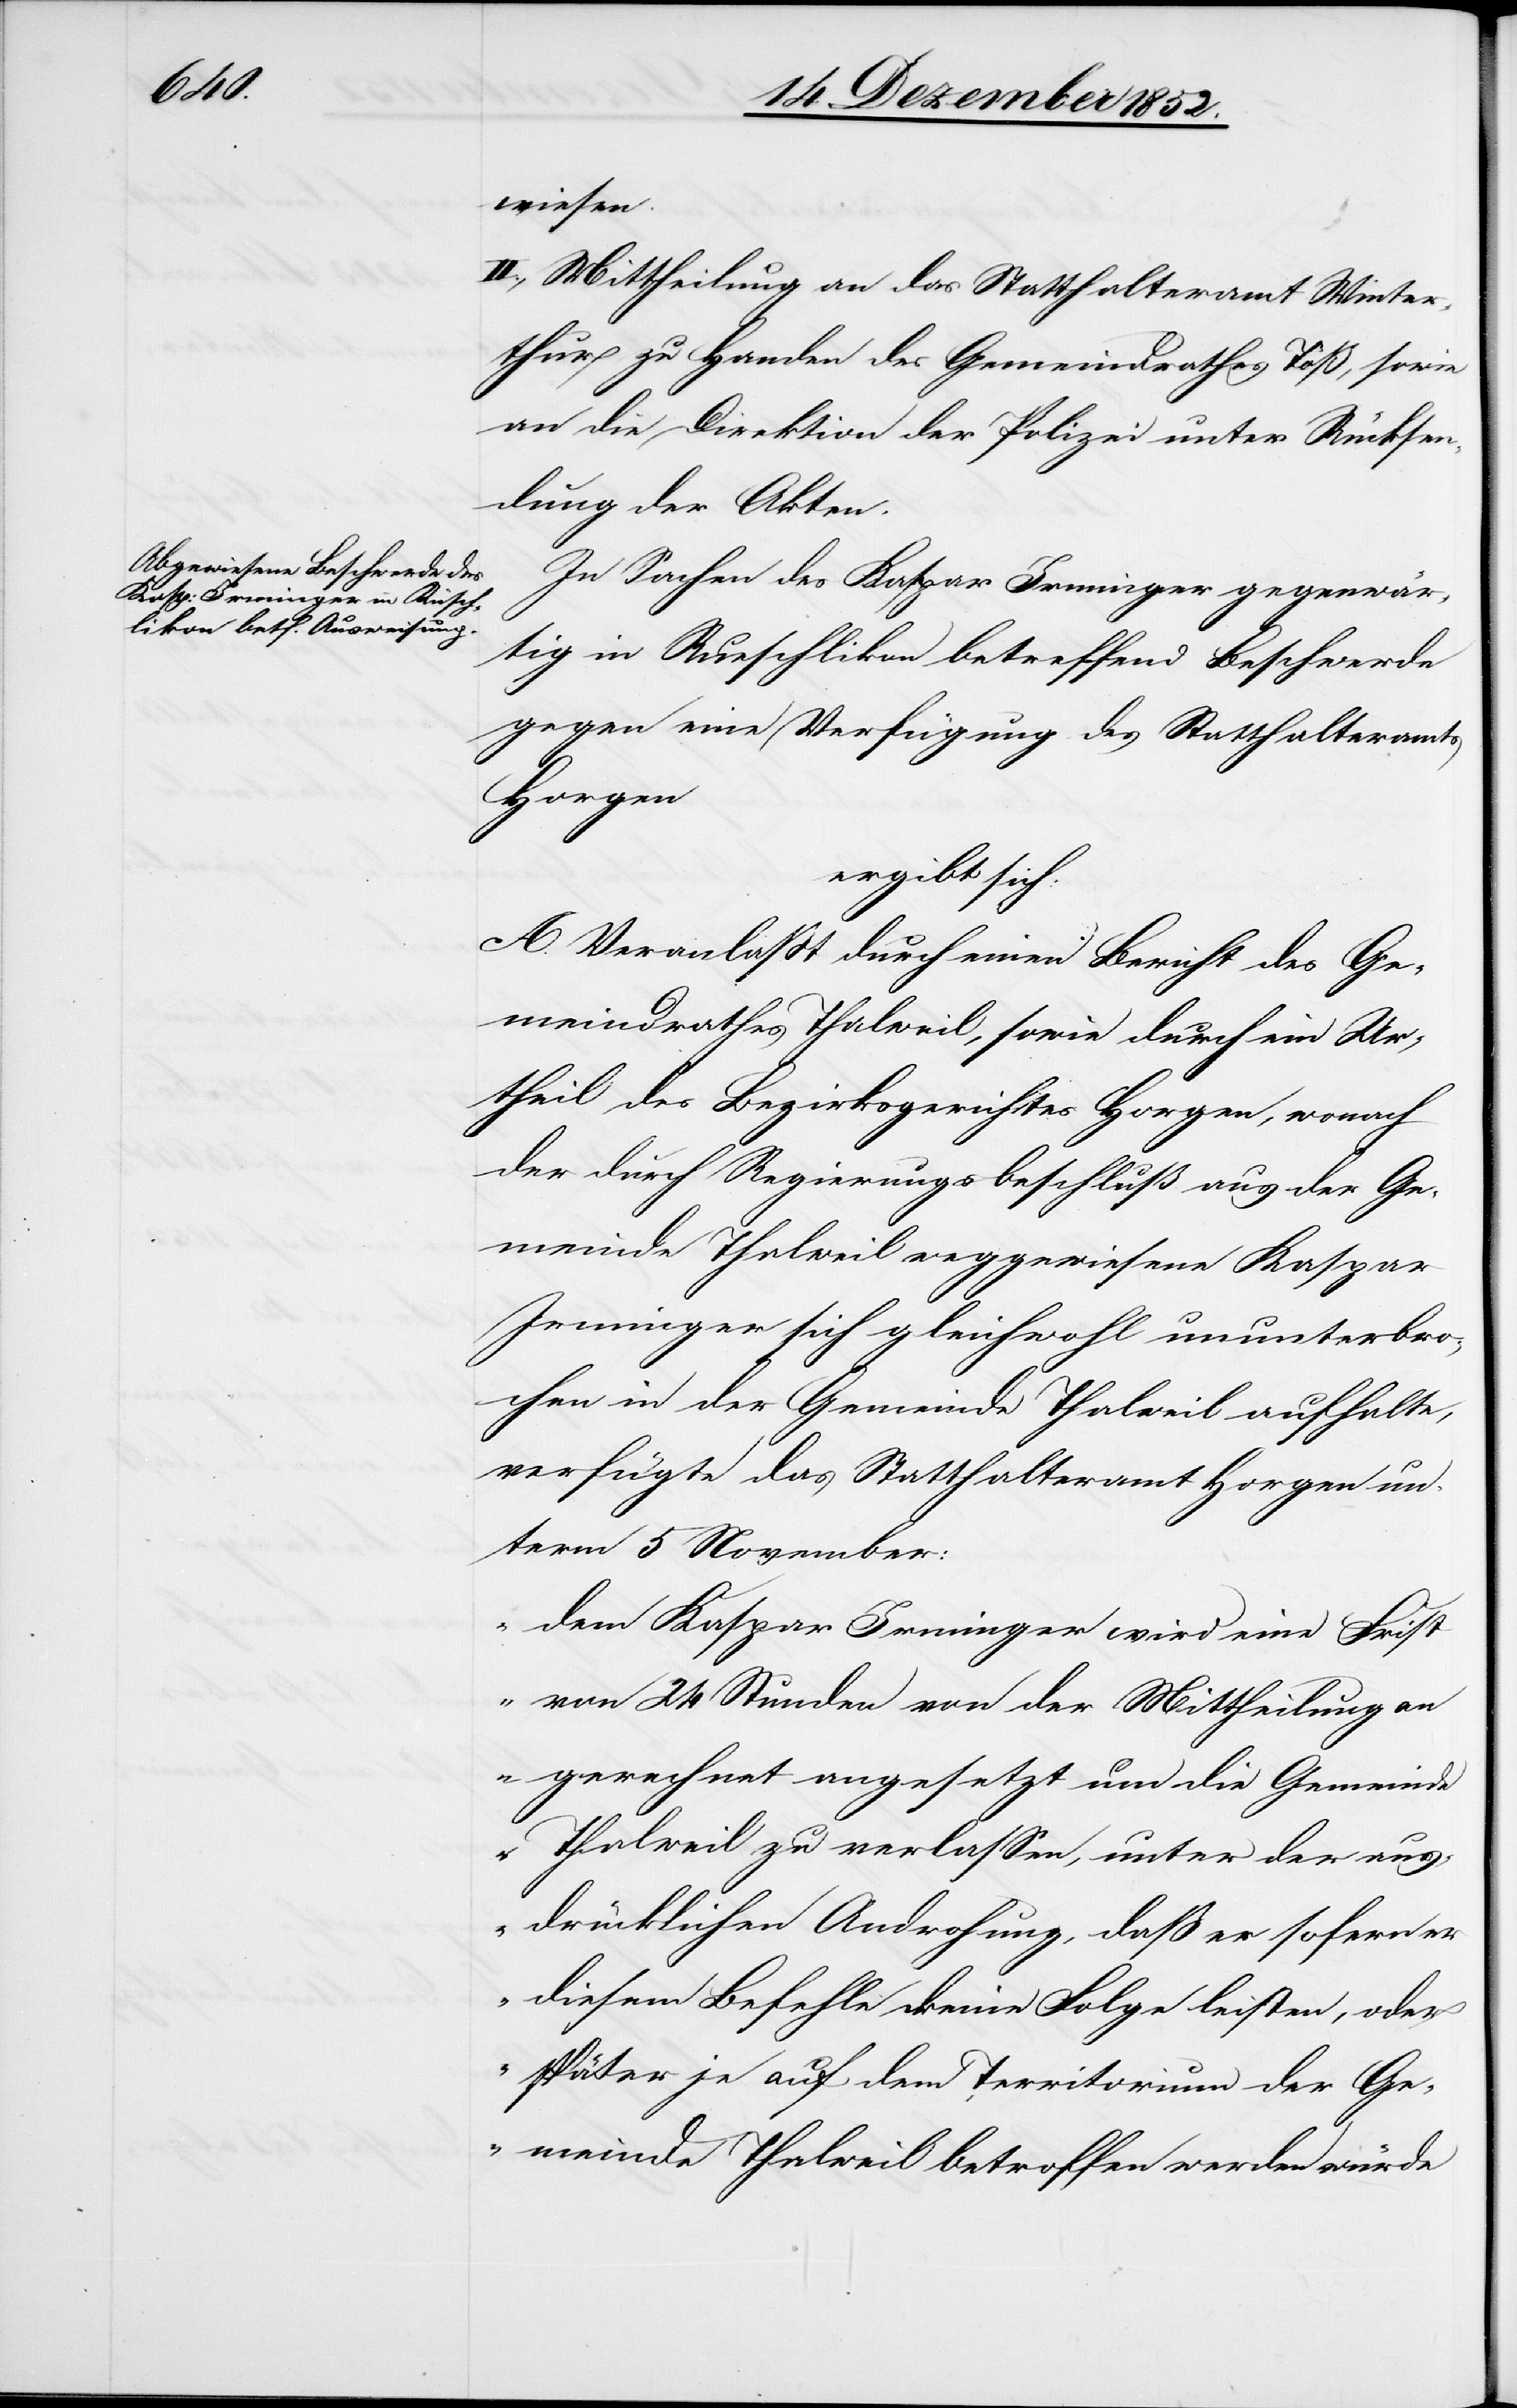
wiesen.
II., Mittheilung an das Statthalteramt Winter¬
thur zu Handen des Gemeindrathes Töß, sowie
an die Direktion der Polizei unter Rücksen¬
dung der Akten.
In Sachen des Kaspar Irminger gegenwär¬
tig in Rueschlikon betreffend Beschwerde
gegen eine Verfügung des Statthalteramts
Horgen
ergibt sich:
A. Veranlaßt durch einen Bericht des Ge¬
meindrathes Thalweil, sowie durch ein Ur¬
theil des Bezirksgerichtes Horgen, wonach
der durch Regierungsbeschluß aus der Ge¬
meinde Thalweil weggewiesene Kaspar
Irminger sich gleichwohl ununterbro¬
chen in der Gemeinde Thalweil aufhalte,
verfügte das Statthalteramt Horgen un¬
term 5 November:
„dem Kaspar Irminger wird eine Frist
von 24 Stunden von der Mittheilung an
gerechnet angesetzt um die Gemeinde
Thalweil zu verlassen, unter der aus¬
drücklichen Androhung, daß er sofern er
diesem Befehle keine Folge leisten, oder
später je auf dem Territorium der Ge¬
meinde Thalweil betroffen werden würde